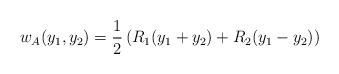
LaTeX: \begin{align*}w_A(y_1,y_2) = \frac{1}{2}\left(R_1(y_1+y_2) + R_2(y_1-y_2)\right)\end{align*}